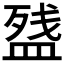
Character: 𰤽